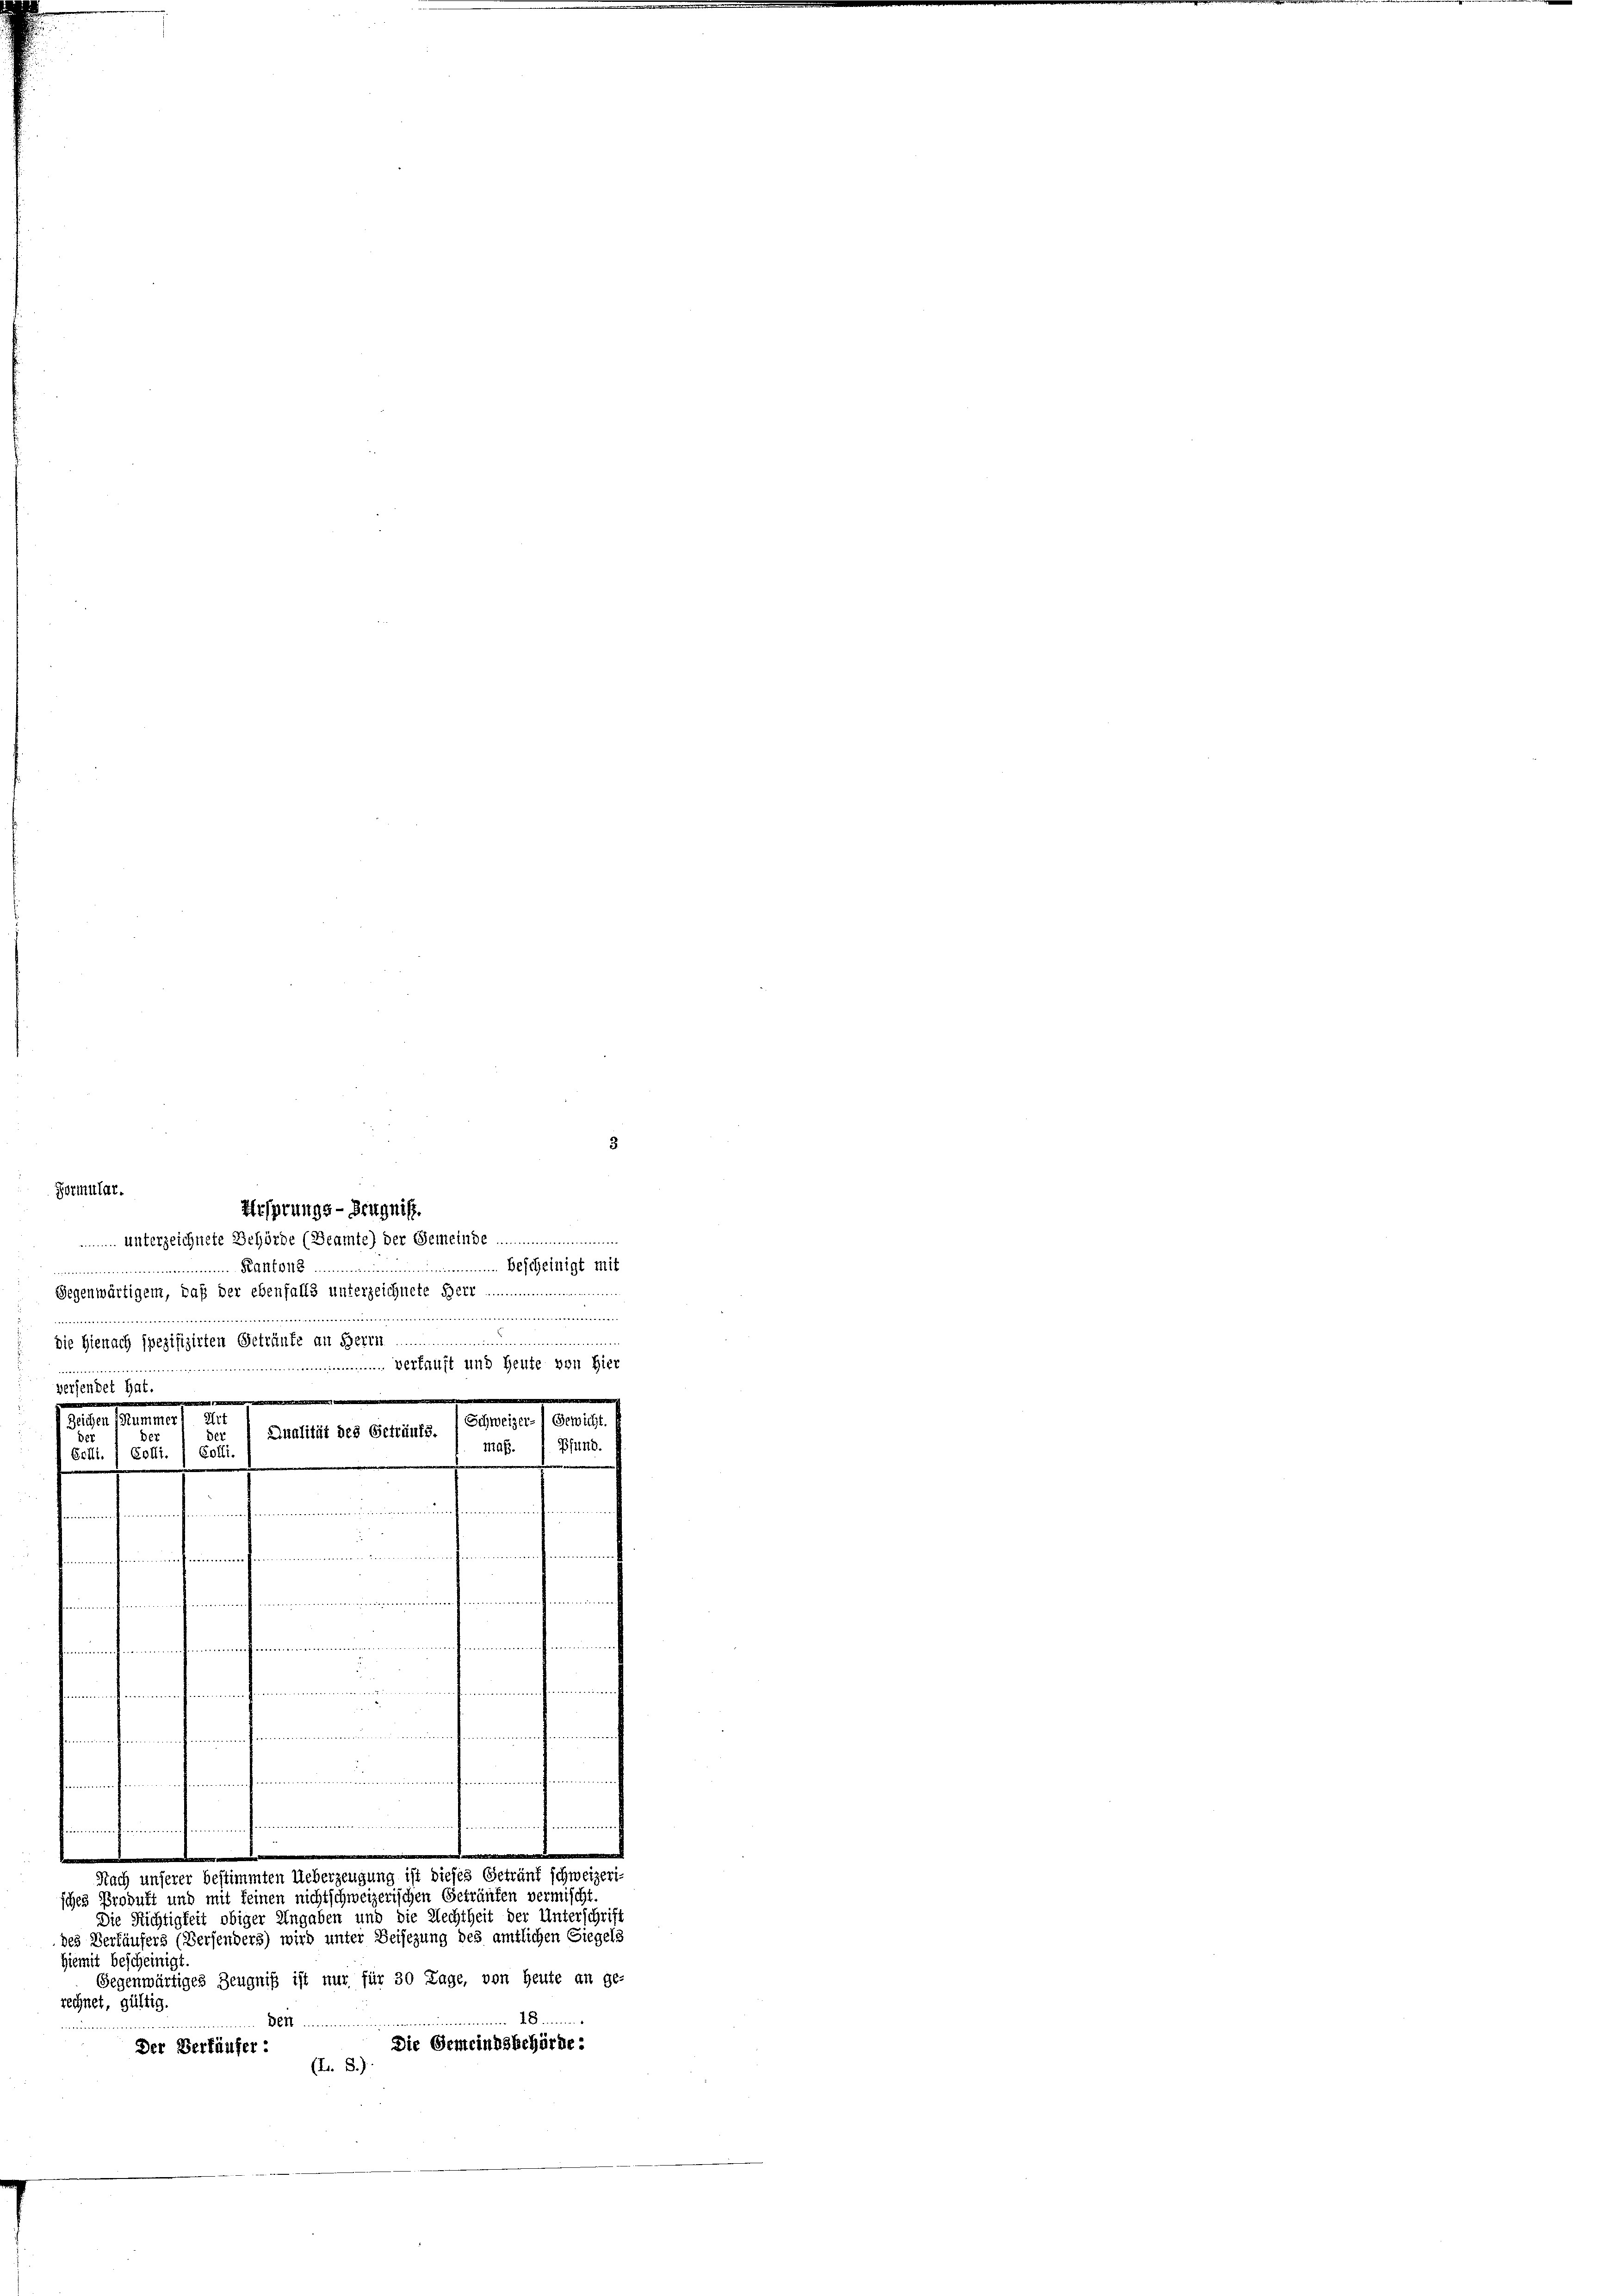
des Verkäufers (Versenders) wird unter Beisezung des amtlichen Siegels
Hiemit bescheinigt.
Gegenwärtiges Zeugniß ist nur für 30 Tage, von Heute an ge-
rechnet, gültig.
m 864 un

Formular.
 unterzeichnete Behörde (Beamte) der Gemeinde
 Bescheinigt mit
.. Kant
Gegenwärtigem, daß der ebenfalls unterzeichnete Herr ........
...............
................................
...............
n
.
die Hienach spezifizirten Getränke an Herrn

.
Nach unserer bestimmten Ueberzeugung ist dieses Geträuf schweizeri
sches Produkt und mit seinen nichtschweizerischen Geträufen vermischt
Die Richtigkeit obiger Angaben und die Rechtheit der Unterschrift

Ursprungs-Zeugnis.

........................................... verst und Heute von Hier
versendet hat
.
.
Zeichen Summer) Art
Schweizer- Gewicht.
Dnalität des Getränks
Der
Der
Der
Maß.  Pfund.
Erli. ; Cofli. , Colli.
 1
nummerungen der einen und der einen auche
.
d
mheimen
t
muennenen einen und einen einer fremdenreichen
.......................................

.
2
mrechenen fernemmenden einen stimmung

mune d
Die Gemeindsbehörde :
Der Verkäufer
(L. 3.)